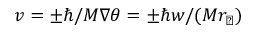
v = \pm \hbar / M \nabla \theta = \pm \hbar w / ( M r _ { \perp } )